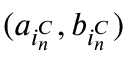
( a _ { i _ { n } ^ { C } } , b _ { i _ { n } ^ { C } } )